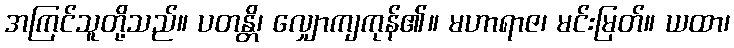
အကြင်သူတို့သည်။ ပတန္တိ၊ လျှောကျကုန်၏။ မဟာရာဇ၊ မင်းမြတ်။ ယထာ၊